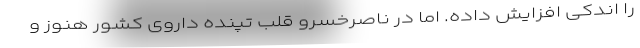
را اندکی افزایش داده. اما در ناصرخسرو قلب تپنده داروی کشور هنوز و